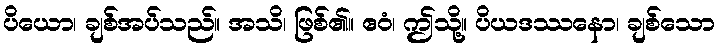
ပိယော၊ ချစ်အပ်သည်။ အသိ၊ ဖြစ်၏။ ဧဝံ၊ ဤသို့။ ပိယဒဿနော၊ ချစ်သော